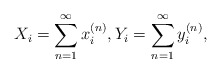
\begin{align*}X_i =\sum_{n=1}^\infty x_i^{(n)},Y_i =\sum_{n=1}^\infty y_i^{(n)},\end{align*}